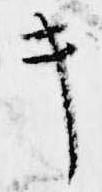
キ